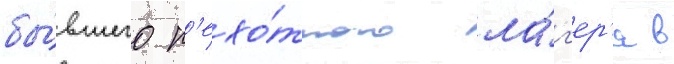
бы́вшего п'ехо́тного ла́г'ер'я в